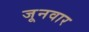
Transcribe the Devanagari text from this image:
जूनवार